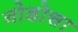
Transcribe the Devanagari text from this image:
नोडोसा